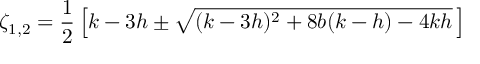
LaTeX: \zeta _ { 1 , 2 } = \frac { 1 } { 2 } \left[ k - 3 h \pm \sqrt { ( k - 3 h ) ^ { 2 } + 8 b ( k - h ) - 4 k h } \, \right]